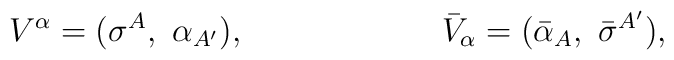
V^{\alpha} = (\sigma^{A},\ \alpha_{A^\prime}),\qquad \qquad \qquad{\bar  V}_{\alpha} = ({\bar  \alpha_{A}},\ {\bar\sigma}^{A^\prime}),